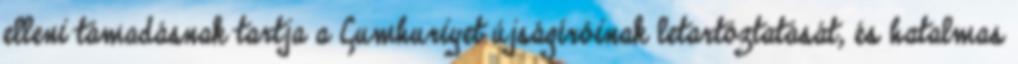
elleni támadásnak tartja a Cumhuriyet újságíróinak letartóztatását, és hatalmas